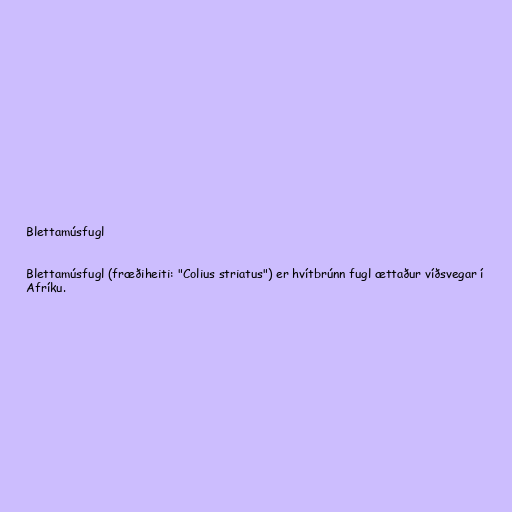
Blettamúsfugl

Blettamúsfugl (fræðiheiti: "Colius striatus") er hvítbrúnn fugl ættaður víðsvegar í
Afríku.